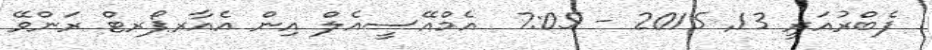
ފެބްރުއަރީ 13